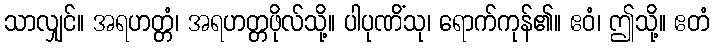
သာလျှင်။ အရဟတ္တံ၊ အရဟတ္တဖိုလ်သို့။ ပါပုဏိံသု၊ ရောက်ကုန်၏။ ဧဝံ၊ ဤသို့။ ဧတံ